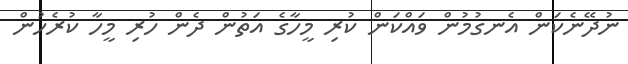
ނުދޭނެކަން އެނގުމުން ވައްކަން ކުރި މީހާގެ އަތުން ދެން ހުރި މީހާ ކުރެހުން